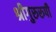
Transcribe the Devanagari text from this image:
श्रीगुरुरुपी